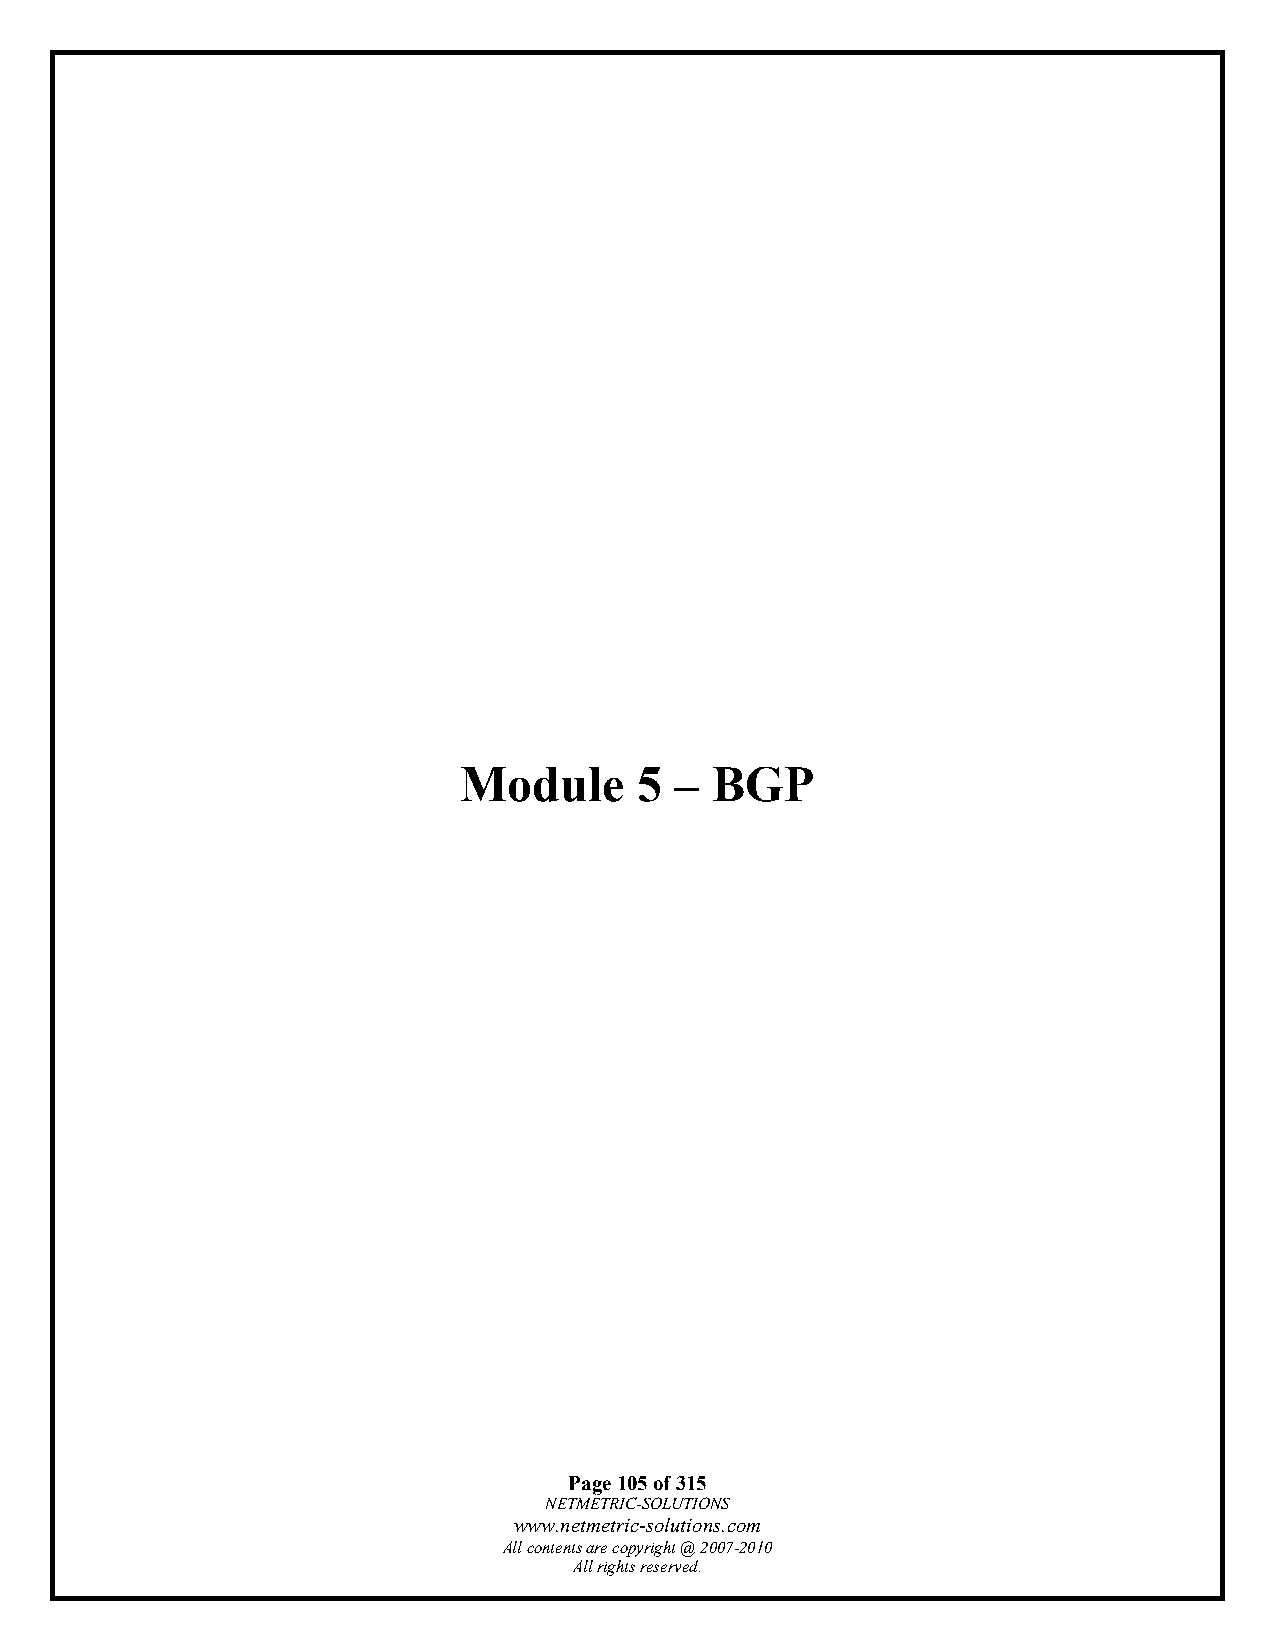
Module      5  – BGP
 Page 105 of 315
 NETMETRIC-SOLUTIONS
 www.netmetric-solutions.com
 All contents are copyright @ 2007-2010
 All rights reserved.